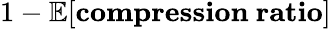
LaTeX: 1-\mathbb{E}[\mathbf{compression~ratio}]